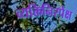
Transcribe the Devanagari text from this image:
व्यक्तिनिरपेक्ष